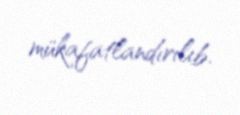
mükafatlandırılıb.